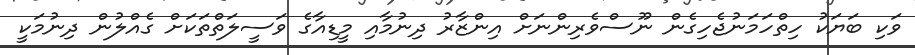
ވަކި ބަޔަކު ހިތްހަމަނުޖެހިގެން ނޫސްވެރިންނަށް އިންޒާރު ދިނުމާއި މީޑިއާގެ ވަސީލަތްތަކަށް ގެއްލުން ދިނުމަކީ